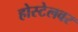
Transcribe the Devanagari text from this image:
होस्टेलवर